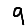
Digit: 9